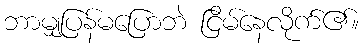
ဘာမျှပြန်မပြောဘဲ ငြိမ်နေလိုက်၏။